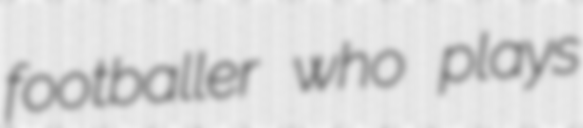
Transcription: footballer who plays